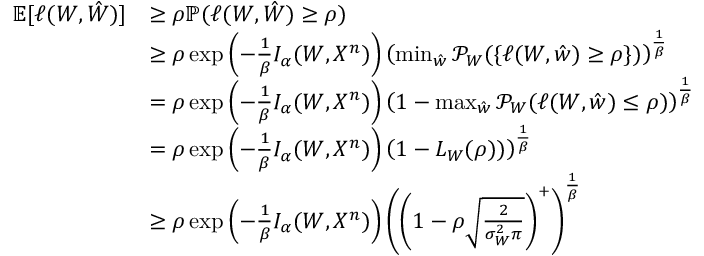
\begin{array} { r l } { \mathbb { E } [ \ell ( W , \hat { W } ) ] } & { \geq \rho \mathbb { P } ( \ell ( W , \hat { W } ) \geq \rho ) } \\ & { \geq \rho \exp \left( - \frac 1 \beta I _ { \alpha } ( W , X ^ { n } ) \right) \left( \operatorname* { m i n } _ { \hat { w } } \mathcal { P } _ { W } ( \{ \ell ( W , \hat { w } ) \geq \rho \} ) \right) ^ { \frac 1 \beta } } \\ & { = \rho \exp \left( - \frac 1 \beta I _ { \alpha } ( W , X ^ { n } ) \right) \left( 1 - \operatorname* { m a x } _ { \hat { w } } \mathcal { P } _ { W } ( \ell ( W , \hat { w } ) \leq \rho ) \right) ^ { \frac 1 \beta } } \\ & { = \rho \exp \left( - \frac 1 \beta I _ { \alpha } ( W , X ^ { n } ) \right) \left( 1 - L _ { W } ( \rho ) ) \right) ^ { \frac 1 \beta } } \\ & { \geq \rho \exp \left( - \frac 1 \beta I _ { \alpha } ( W , X ^ { n } ) \right) \left( \left( 1 - \rho \sqrt \frac { 2 } { \sigma _ { W } ^ { 2 } \pi } \right) ^ { + } \right) ^ { \frac 1 \beta } } \end{array}